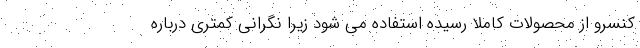
کنسرو از محصولات کاملا رسیده استفاده می شود زیرا نگرانی کمتری درباره